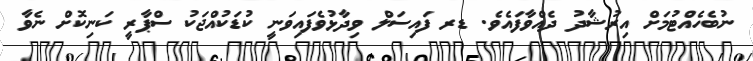
ނުބެހެއްޓުމަށް އިރުޝާދު ދެއްވާފައެވެ. ޑރ ފައިސަލް ވިދާޅުވެފައިވަނީ ކުޑަކުއްޖަކު ސްޕާރީ ކަނިކޮށް ނެވާ